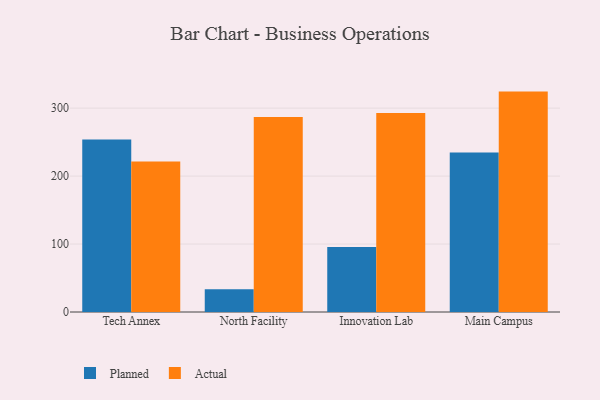
{"axis": {"x": "Campus", "y": "Energy Usage (MWh)"}, "legend": ["Actual", "Planned"], "data": [{"x": "Tech Annex", "y": 253.8, "type": "Planned"}, {"x": "Tech Annex", "y": 221.3, "type": "Actual"}, {"x": "North Facility", "y": 33.4, "type": "Planned"}, {"x": "North Facility", "y": 286.8, "type": "Actual"}, {"x": "Innovation Lab", "y": 95.6, "type": "Planned"}, {"x": "Innovation Lab", "y": 292.7, "type": "Actual"}, {"x": "Main Campus", "y": 234.8, "type": "Planned"}, {"x": "Main Campus", "y": 324.3, "type": "Actual"}]}